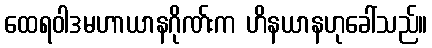
ထေရဝါဒမဟာယာနဂိုဏ်းက ဟိနယာနဟုခေါ်သည်။